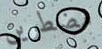
مضطرين